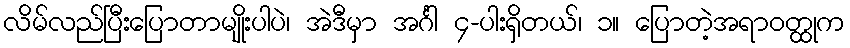
လိမ်လည်ပြီးပြောတာမျိုးပါပဲ၊ အဲဒီမှာ အင်္ဂါ ၄-ပါးရှိတယ်၊ ၁။ ပြောတဲ့အရာဝတ္ထုက